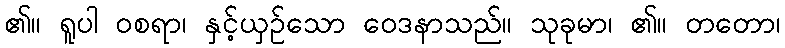
၏။ ရူပါ ဝစရာ၊ နှင့်ယှဉ်သော ဝေဒနာသည်။ သုခုမာ၊ ၏။ တတော၊